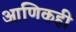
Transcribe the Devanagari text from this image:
आणिकही